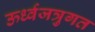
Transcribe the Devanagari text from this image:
ऊर्ध्वजत्रुगत